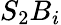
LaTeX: S_{2}B_{i}